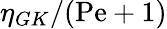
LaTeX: \eta_{GK}/(\mathrm{Pe}+1)